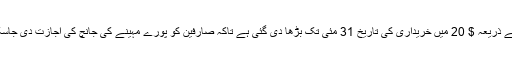
[Mod] درخواست کے ذریعہ $ 20 میں خریداری کی تاریخ 31 مئی تک بڑھا دی گئی ہے تاکہ صارفین کو پورے مہینے کی جانچ کی اجازت دی جاسکے۔